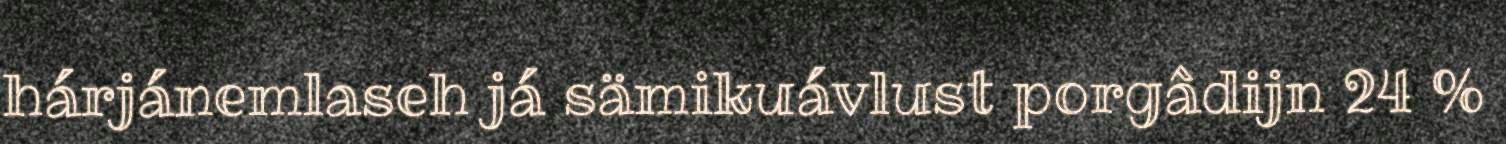
hárjánemlaseh já sämikuávlust porgâdijn 24 %